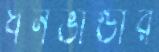
ধনভাণ্ডার